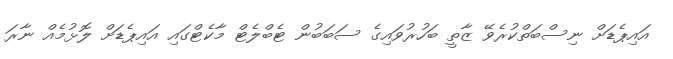
އައިޕެޑަށް ނިސްބަތްކުރެވޭ ޒާތީ ބަހުރުވައިގެ ސަބަބުން ޓެބްލެޓް މާކެޓްގައި އައިޕެޑަށް ލޮޅުމެއް ނާރަ